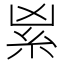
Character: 𥾜